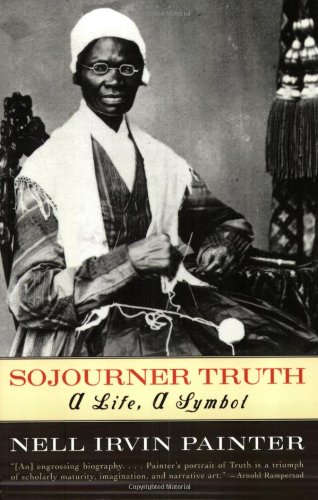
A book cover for Sojourner Truth: A Life, A Symbol; Nell Irvin Painter; History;